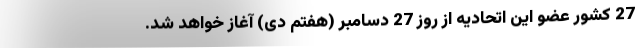
27 کشور عضو این اتحادیه از روز 27 دسامبر (هفتم دی) آغاز خواهد شد.